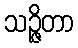
သဉ္ဇိတာ